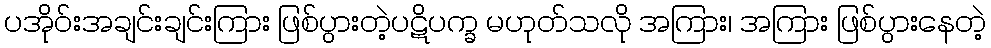
ပအိုဝ်းအချင်းချင်းကြား ဖြစ်ပွားတဲ့ပဋိပက္ခ မဟုတ်သလို အကြား၊ အကြား ဖြစ်ပွားနေတဲ့